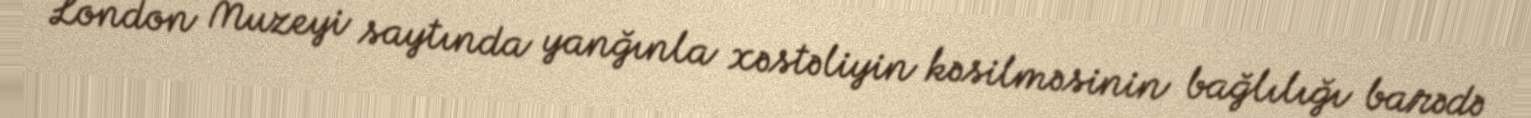
London Muzeyi saytında yanğınla xəstəliyin kəsilməsinin bağlılığı barədə